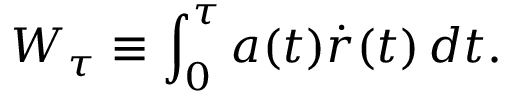
W _ { \tau } \equiv \int _ { 0 } ^ { \tau } a ( t ) \dot { r } ( t ) \, d t .